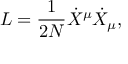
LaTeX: L = \frac { 1 } { 2 N } { \dot { X } } ^ { \mu } { \dot { X } } _ { \mu } ,